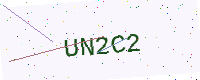
Text: UN2C2